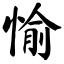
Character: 愉